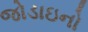
જોડાઇનો